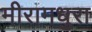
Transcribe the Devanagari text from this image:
मीरामधुरा